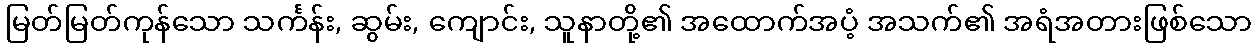
မြတ်မြတ်ကုန်သော သင်္ကန်း, ဆွမ်း, ကျောင်း, သူနာတို့၏ အထောက်အပံ့ အသက်၏ အရံအတားဖြစ်သော